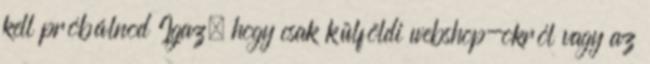
kell próbálnod Igaz, hogy csak külföldi webshop-okról vagy az